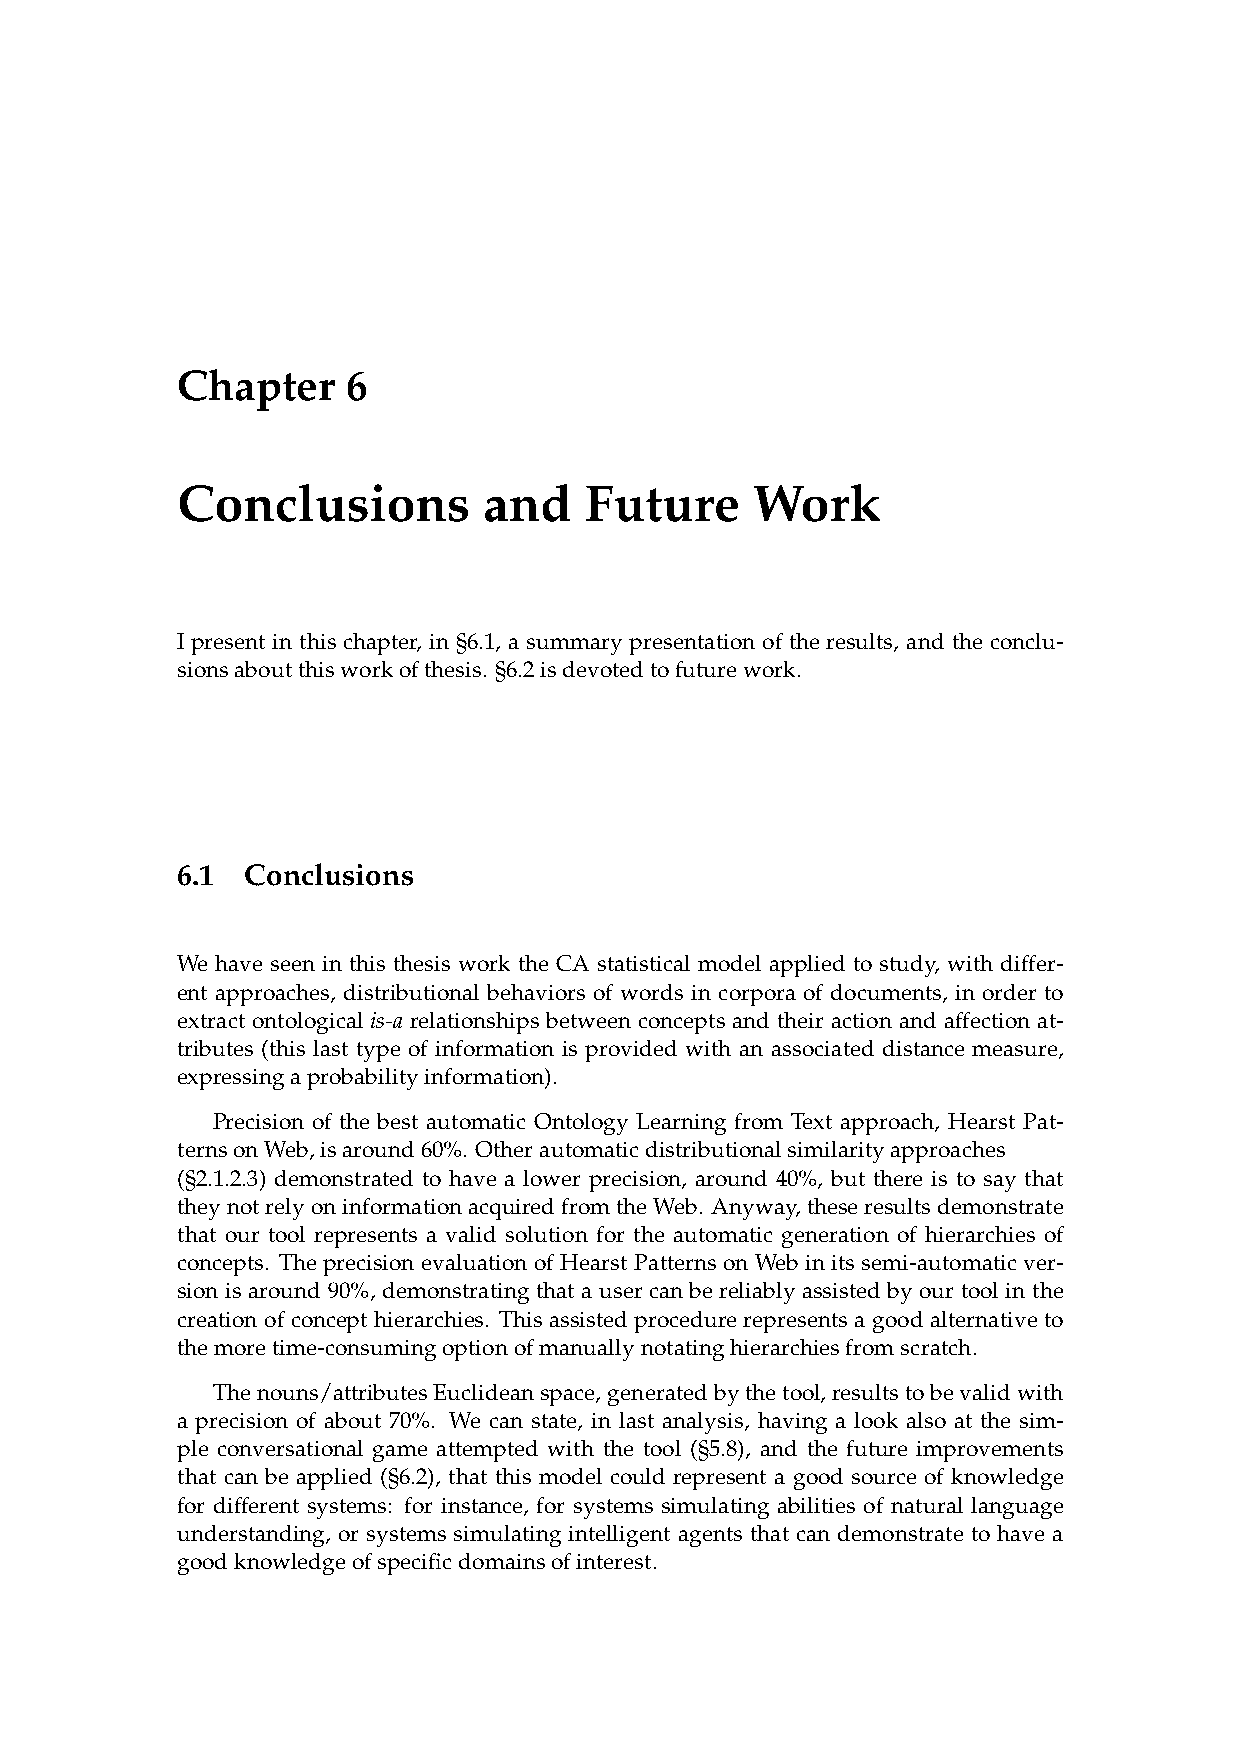
Chapter    6
 Conclusions         and    Future     Work
 I present in this chapter, in §6.1, a summary presentation of the results, and the conclu-
 sionsaboutthisworkofthesis. §6.2isdevotedtofuturework.
 6.1 Conclusions
 We have seen in this thesis work the CA statistical model applied to study, with differ-
 ent approaches, distributional behaviors of words in corpora of documents, in order to
 extract ontological is-a relationships between concepts and their action and affection at-
 tributes (this last type of information is provided with an associated distance measure,
 expressingaprobabilityinformation).
 Precision of the best automatic Ontology Learning from Text approach, Hearst Pat-
 ternsonWeb,isaround60%. Otherautomaticdistributionalsimilarityapproaches
 (§2.1.2.3) demonstrated to have a lower precision, around 40%, but there is to say that
 theynotrelyoninformationacquiredfromtheWeb. Anyway,theseresultsdemonstrate
 that our tool represents a valid solution for the automatic generation of hierarchies of
 concepts. The precision evaluation of Hearst Patterns on Web in its semi-automatic ver-
 sion is around 90%, demonstrating that a user can be reliably assisted by our tool in the
 creation of concept hierarchies. This assisted procedure represents a good alternative to
 themoretime-consumingoptionofmanuallynotatinghierarchiesfromscratch.
 Thenouns/attributesEuclideanspace,generatedbythetool,resultstobevalidwith
 a precision of about 70%. We can state, in last analysis, having a look also at the sim-
 ple conversational game attempted with the tool (§5.8), and the future improvements
 that can be applied (§6.2), that this model could represent a good source of knowledge
 for different systems: for instance, for systems simulating abilities of natural language
 understanding, or systems simulating intelligent agents that can demonstrate to have a
 goodknowledgeofspecificdomainsofinterest.